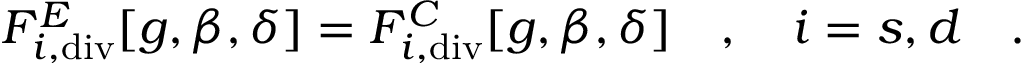
F _ { i , \tiny \mathrm { d i v } } ^ { E } [ g , \beta , \delta ] = F _ { i , \tiny \mathrm { d i v } } ^ { C } [ g , \beta , \delta ] ~ ~ ~ , ~ ~ ~ i = s , d ~ ~ ~ .